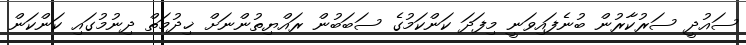
ސައުދީ ސަރުކާރުން ބުނެފައިވަނީ މިފަދަ ކަންކަމުގެ ސަބަބުން ރައްޔިތުންނަށް ޚިދުމަތް ދިނުމުގައި ކަންކަން